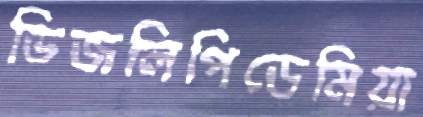
ডিজলিপিডেমিয়া